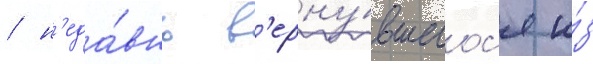
/ н'еда́вно в'ерну́вшегос'я и́з